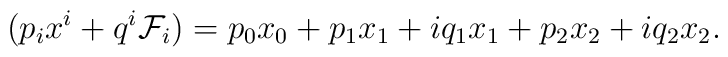
(p_i x^i + q^i \mathcal{F}_i) = p_0 x_0 + p_1 x_1 + i q_1 x_1                                  +p_2 x_2 +i q_2 x_2.